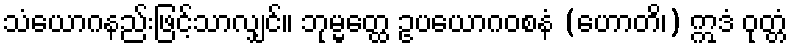
သံယောဂနည်းဖြင့်သာလျှင်။ ဘုမ္မတ္ထေ ဥပယောဂဝစနံ (ဟောတိ၊) ဣဒံ ဝုတ္တံ